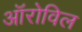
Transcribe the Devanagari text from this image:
ऑरोविल